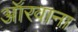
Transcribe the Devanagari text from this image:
ऑरवाना